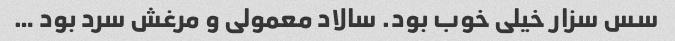
سس سزار خیلی خوب بود. سالاد معمولی و مرغش سرد بود …